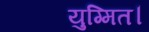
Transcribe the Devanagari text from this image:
युग्मित।